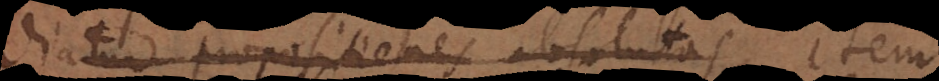
diatur propositiones absolutas item